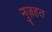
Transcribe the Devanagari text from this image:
नुज़हत